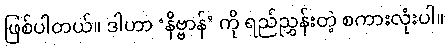
ဖြစ်ပါတယ်။ ဒါဟာ ‘နိဗ္ဗာန်’ ကို ရည်ညွှန်းတဲ့ စကားလုံးပါ။